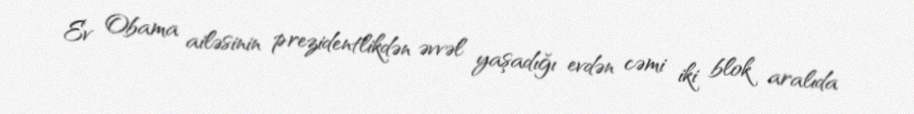
Ev Obama ailəsinin prezidentlikdən əvvəl yaşadığı evdən cəmi iki blok aralıda